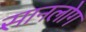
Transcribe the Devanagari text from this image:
सानलोग